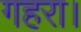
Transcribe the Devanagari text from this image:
गहरा।